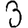
Digit: 3